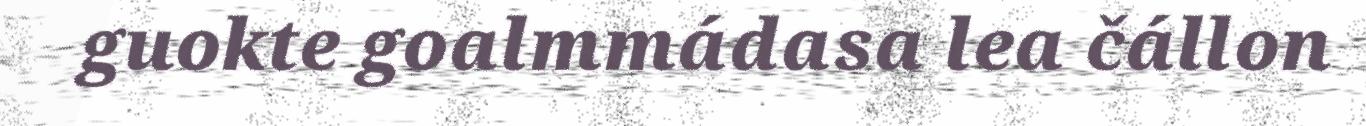
guokte goalmmádasa lea čállon